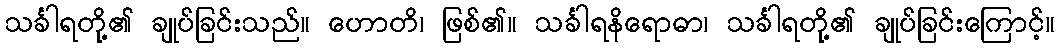
သင်္ခါရတို့၏ ချုပ်ခြင်းသည်။ ဟောတိ၊ ဖြစ်၏။ သင်္ခါရနိရောဓာ၊ သင်္ခါရတို့၏ ချုပ်ခြင်းကြောင့်။